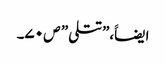
ایضاََ،”تتلی ” ص ۷۰۔